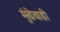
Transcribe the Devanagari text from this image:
मुंढेवाडी